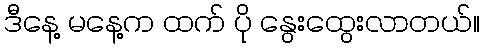
ဒီနေ့ မနေ့က ထက် ပို နွေးထွေးလာတယ်။